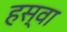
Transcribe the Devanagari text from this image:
हस्वा